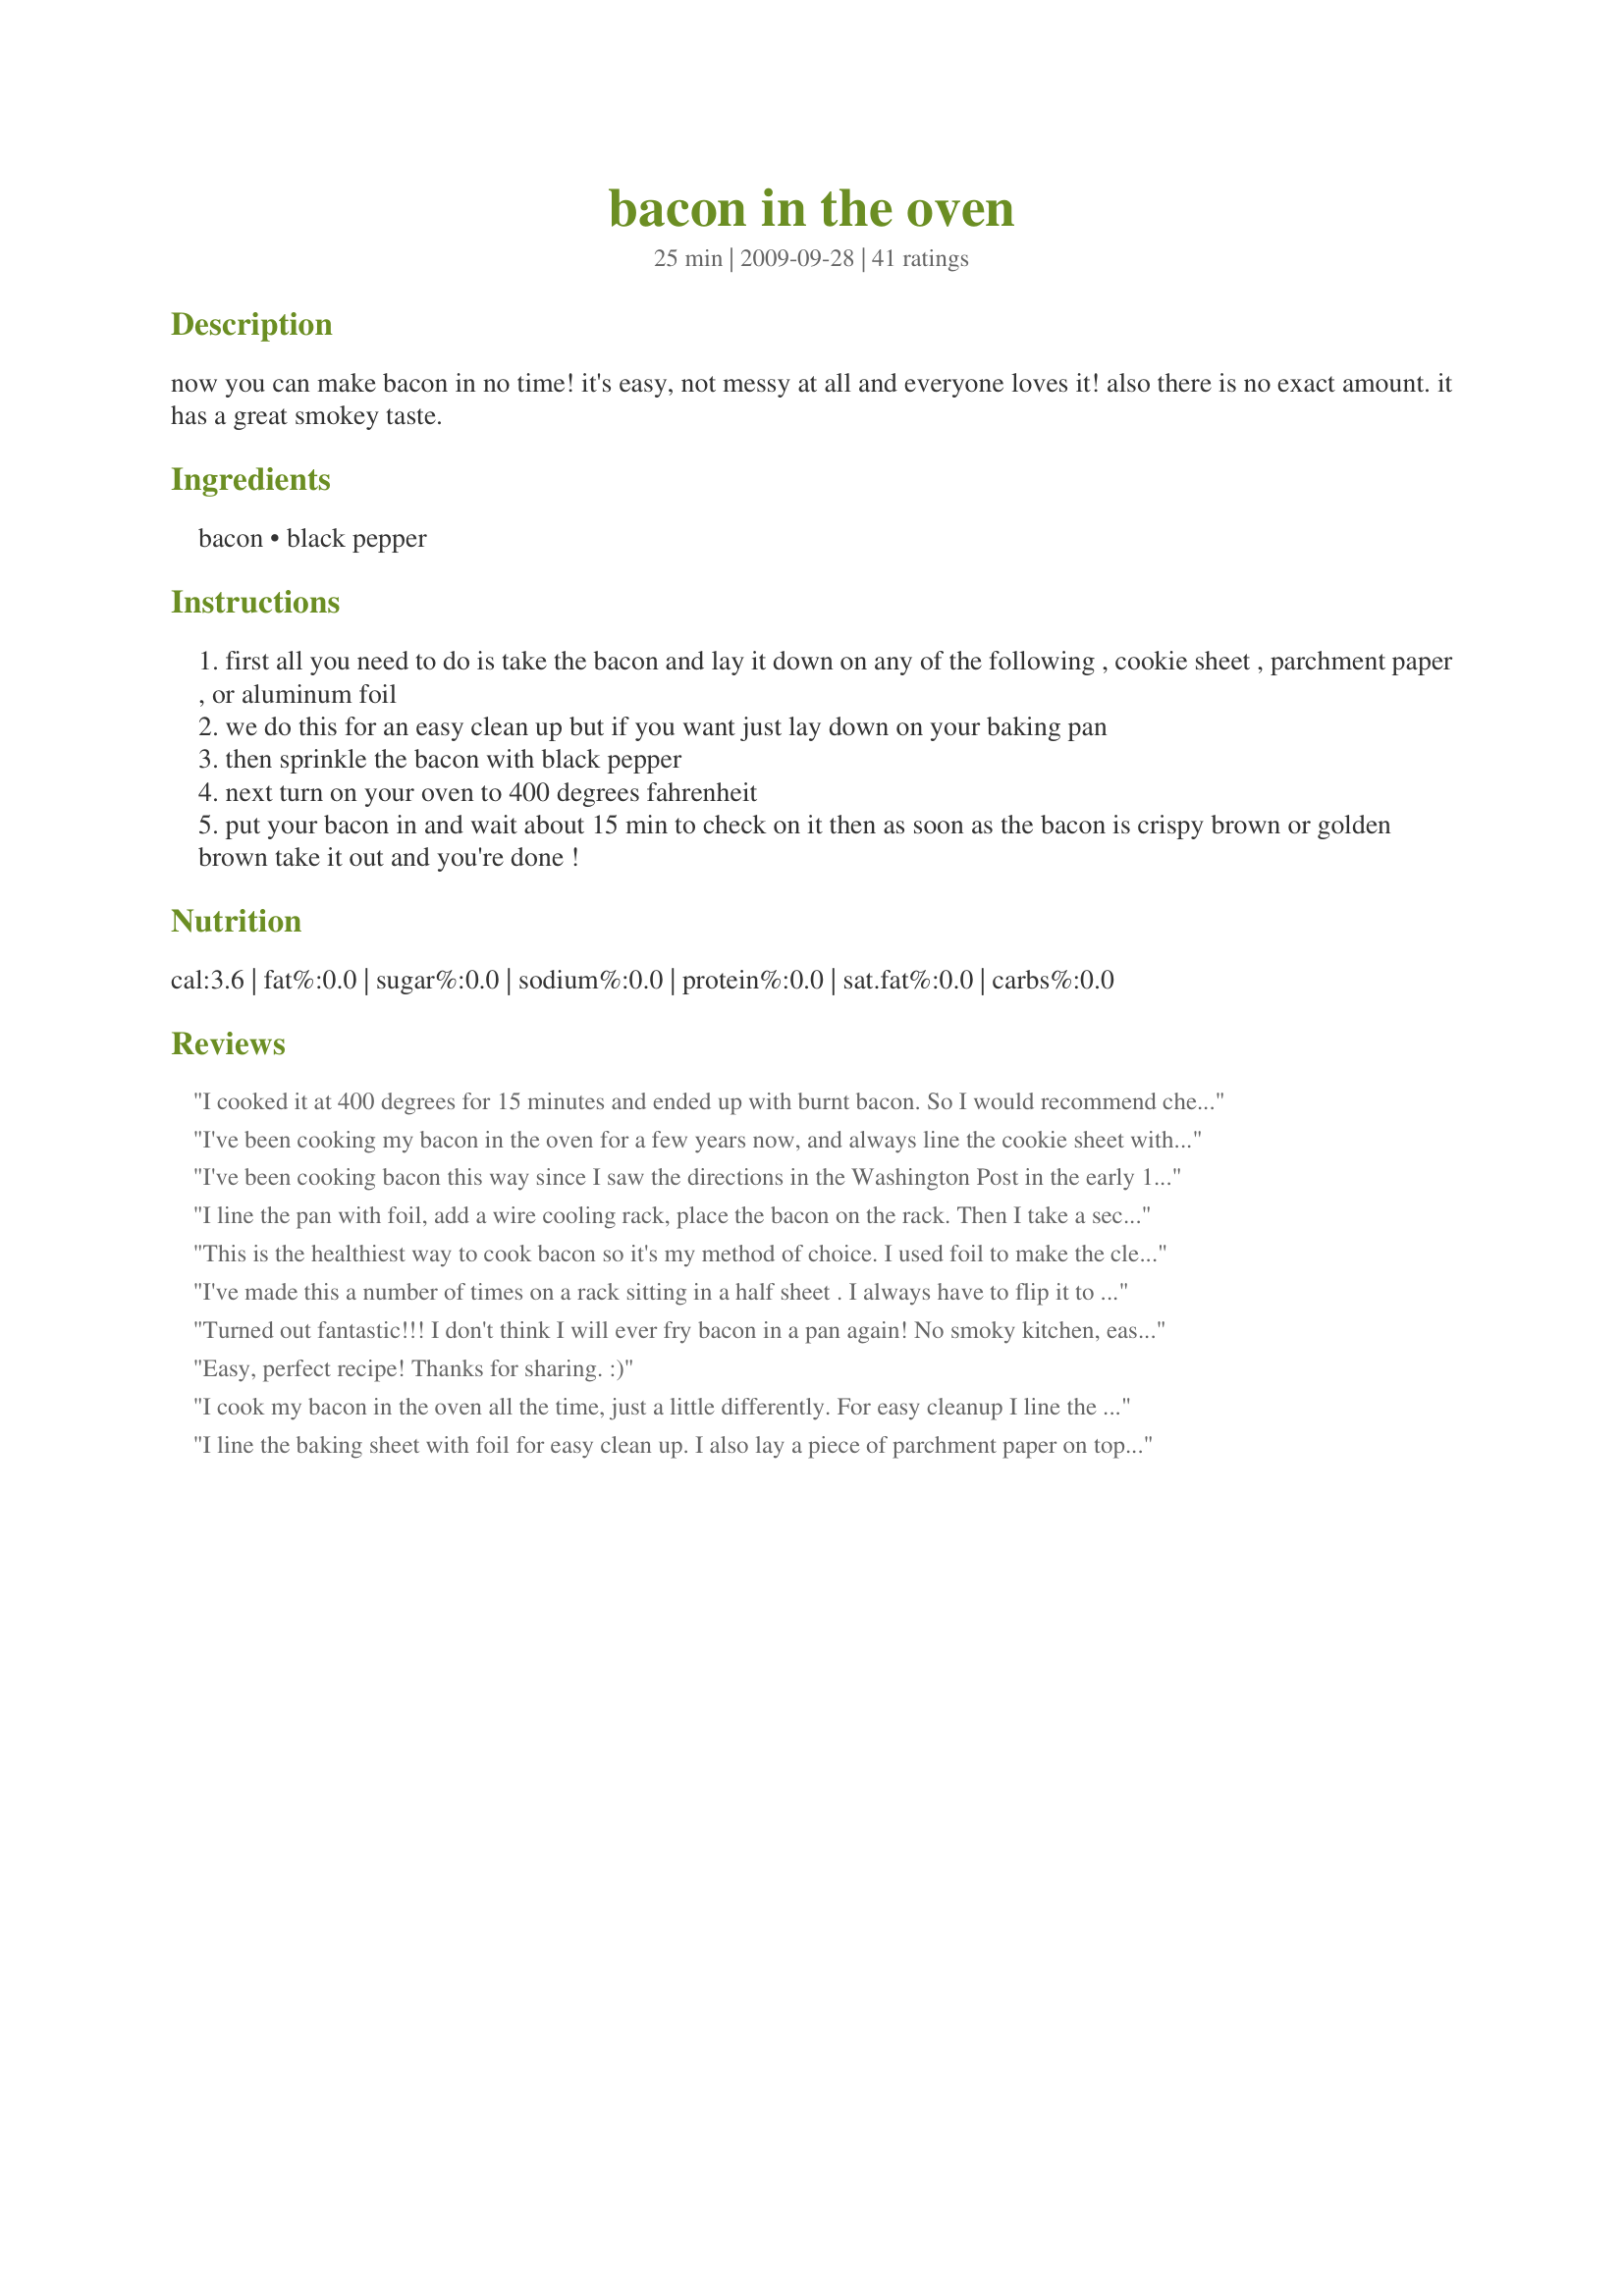
bacon in the oven
Preparation time: 25 minutes

now you can make bacon in no time! it's easy, not messy at all and everyone loves it! also there is no exact amount. it has a great smokey taste.

Ingredients:
bacon, black pepper

Steps:
first all you need to do is take the bacon and lay it down on any of the following , cookie sheet , parchment paper , or aluminum foil
we do this for an easy clean up but if you want just lay down on your baking pan
then sprinkle the bacon with black pepper
next turn on your oven to 400 degrees fahrenheit
put your bacon in and wait about 15 min to check on it then as soon as the bacon is crispy brown or golden brown take it out and you're done !

Reviews:
I cooked it at 400 degrees for 15 minutes and ended up with burnt bacon. So I would recommend checking it between 10-12 minutes.
I've been cooking my bacon in the oven for a few years now, and always line the cookie sheet with aluminum foil first for easy clean up. This morning, however, not only did I add some pepper to the bacon, but I also sprinkled some light brown sugar on top then rubbed it in before cooking. Oh my sweet bacon-y goodness!!! It was delicious! I will definitely do that again! P..S. I also flip my bacon half way through the cooking time - probably not necessary but works well for me.
I've been cooking bacon this way since I saw the directions in the Washington Post in the early 1990's. Even my skeptical nephew who likes his bacon CRISPY was won over. And BEST of all the clean-up is minimal; no spattering all over the cooktop, no smoking from the skillet. If you save bacon grease for other uses, using the oven eliminates the worry of burnt fat. I lay the bacon slices on the grill pan (the one that comes with the oven) and cook at a little lower heat (350), turning halfway through (10-15 minutes per side). When just shy of done, I turn off the oven a crack the door; the bacon finishes and stays hot for serving.
I highly recommend this method; thanks anichka20 for sharing!!!!
I line the pan with foil, add a wire cooling rack, place the bacon on the rack. Then I take a second nesting pan, put foil on the underside of the second pan, place it on the bacon then place a foil-wrapped brick in the second pan. Crispest bacon ever. Toss the wire rack into the dishwasher.
This is the healthiest way to cook bacon so it's my method of choice. I used foil to make the clean up easier. Thanks for reminding me how much I like bacon!
I've made this a number of times on a rack sitting in a half sheet . I always have to flip it to crisp both sides and never been able to fully cook bacon at this temp for less than 40 minutes.
Turned out fantastic!!! I don't think I will ever fry bacon in a pan again! No smoky kitchen, easy cleanup, and cooked perfect.
Easy, perfect recipe! Thanks for sharing. :)
I cook my bacon in the oven all the time, just a little differently. For easy cleanup I line the cookie sheet with foil. I use a cookie cooking rack to keep the bacon out of the grease in the pan. The thickness of the bacon determines how long I keep it in the oven. Comes out perfect.
I line the baking sheet with foil for easy clean up. I also lay a piece of parchment paper on top to prevent grease from possibly splattering in my oven.
Great way to cook bacon!! I have been doing it this way for about a year. I will most likely never go back to using a pan!!
Here's a tip: Crinkle the foil up a bit, then unfold it again before spreading it over the pan. This creates divets that the grease can go into as it cooks.
QUESTION - Do you put bacon in oven as its coming to temperature, or pre-heat before placing in oven? And who else is a proper southerner by saving all that tasty bacon grease? ??
Nicole H. is right. I would recommend cooking it at 350. I turned it up to 400 and left for about 2 minutes and I almost had 6 charcoal strips. It was cooking and browning nicely at 350 before I turned it up to 400.
Im personally not big on sweet meet so I usually use pepper and a roasted garlic and sea salt season
I've always made my bacon in the oven. I put it in my roaster on the rack and place it in a cold oven then set to 350f. Sometimes I sprinkle brown sugar and Cayanne pepper. Bill G. Bourbon sounds like an excellent idea!
If cooking more than 3 or 4 strips of bacon, using the oven is the best way to go. Be sure to use a sturdy cookie sheet or baking pan with deep sides. I usually use parchment baking paper. Not sure I'd suggest wax paper, but..? Ovens vary as does our doneness preference, but in my experience for regular thickness bacon 15-16 minutes is just about perfect. After removing the bacon, carefully set the cookie sheet in a cool place so the grease will solidify and you can neatly dispose or scoop some out for later use.
I've cooked bacon this way for years. I line the sheet with foil and drain the grease into a jar to keep in the fridge. I do not put pepper on it. The only thing I think is important to note is that the bacon almost never SEEMS crispy until it is removed from the grease. I do by how the bacon LOOKS, not how it actually feels. Then I place it on paper towels after 8 remove it from the oven to get rid of some more of the grease and THEN it will be crispy.
have done this too but an a cookie sheet with parchment paper and fork used to make holes. Grease drains into the sheet, we do about 15# at a time for a pancake breakfast, sausage the same, 100 per sheet
Turned out great. Also, very easy clean-up.
ive done this for years...always perfect! no constant watching/turning, no getting splattered by hot grease, no dirty stovetop. i use parchment paper instead of tin foil, since i always seem to have a ton of parchment. tried with turkey bacon (granddaughter prefers that-)...didnt fare well, so will stick to frying pan for that
I didn't want to fix bacon on the cooktop so I decided to make it in the oven. After what was said about being burned using cookie sheets, I thought I'd fix the bacon in a glass 13x9 baking dish. Before going on, I should say that I had thick bacon and like it crisp. Taking both into consideration, I adjusted the baking time. It took about 28 mins. to bake the bacon in the glass dish to the crispness I desired and no burns.
Tried and it was amazing! Took the advice of one of the comments and crinkled the tin foil before spreading out on sheet.
Am I supposed to preheat the oven before putting in the bacon or do I put it in at room temp? Turning the oven on after I have prepared seems a bit counterintuitive. Thanks!
This recipe works best if the bacon is raised using a wire rack or something so that it's not sitting in its own grease. Cooks fast and is super crispy!
I love to cook bacon in the oven...but please be careful.....I tried it on just a cookie sheet with foil, but I had cheap/thin cookie sheets because when I took it out of the oven, the pan began to cool and then it started to bend/adjust and I burned my hand badly when it shifted and the bacon grease spilled onto my hands. So now, I actually take a cheap aluminum baking pan (about 9 x 13 or whatever you have) with deeper sides to it and I put this on the cookie sheet and place the bacon in it and then when/if my pan adjusts, it doesn't spill out and works really well.
i prefer the microwave with many layers of paper towels under and one paper towel on top. it varies with every microwave. the best bacon i have had was on the grill but dont walk away for a second or it will be burned.
Bacon was burnt ash after 15 minutes. Some people like their bacon disgustingly incinerated like this, but I made an account to rate this down and inform anyone who enjoys bacon that isn't as hard as a kettle cooked chip THIS IS NOT THE RECIPE FOR YOU.
This is such a great idea! No more messy floor and stove from frying bacon, no more trying to keep my kids away from the stove incase the bacon "pops." I love this, it is the ONLY way I make bacon now. I have found it cooks a little more even if I turn it a couple of times.
Much easier than cooking bacon on the stove ! I made 1/2 lb of bacon, drained the fat off half way through, left in for 15 minutes total. The bacon was perfect! Great recipe! There was a little splattering but MUCH less than when using the conventional method. My only regret is that I didn&#039;t try this technique sooner ! Thanks for posting !
Great method for simple spatter free bacon baking! Just be careful if you use a thin sliced bacon (like standard Oscar Meyer) lower the temp to about 350-375. On the other hand if you try this with thicker cut bacon, add a flip halfway through and 3-5 minutes to the time. With the thicker cut, also be more mindful of overcrowding as the extra grease can make for some soppy bacon.
Great
I loved that I could make enough bacon for the whole family without having to stand over the frypan (while getting spattered). Simple, and the bacon was perfect.
Followed to a tee minus doing two pans at once on a staggered timing. But crinkled the tin foil like others suggested, just be mindful of possibly needing to drain the grease mid way. Makes for a healthier treat! Even sent a plate to the downstairs neighbors (inlaws), easy way to be a rock star ;) Solid results, little mess, and 5 minutes of work. Stupid to do it any other way!!
I've tried sprinkling the bacon with brown sugar, and it's good, but even better is sprinkling a tiny bit of bourbon over the bacon before cooking it. Heaven!
It was awesome! Thanks for the help with the recipe...
I add a bit of brown sugar to mine.. it adds a depth you wouldn't believe
You can't get much easier than this! I used this for a brunch for friends. It enabled me to talk to my friends rather than worry over a spattering fry pan. Thank you!
This is how I make my bacon and the whole house does not smell like bacon and no splatters to clean up...thanks for sharing
I make my bacon this way too. I generally use a cookie sheet lined with aluminum foil. I sometimes use the bacon grease to add a bit to my dressing that I put on my spinach salad. I preheat my oven to 425 and cook for about 7 min. More or less depending on thickness of bacon.<br/><br/>To the user who put brown sugar on the bacon. I've done that also and you are right it's awesome!
I've been doing bacon in the oven for quite a while now. A great hint is to actually par-cook it in the microwave first using lots of paper towels to absorb the grease. This makes oven cooking quicker and FAR less grease spattering in your oven as well.
